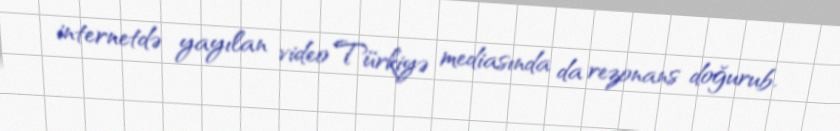
internetdə yayılan video Türkiyə mediasında da rezonans doğurub.